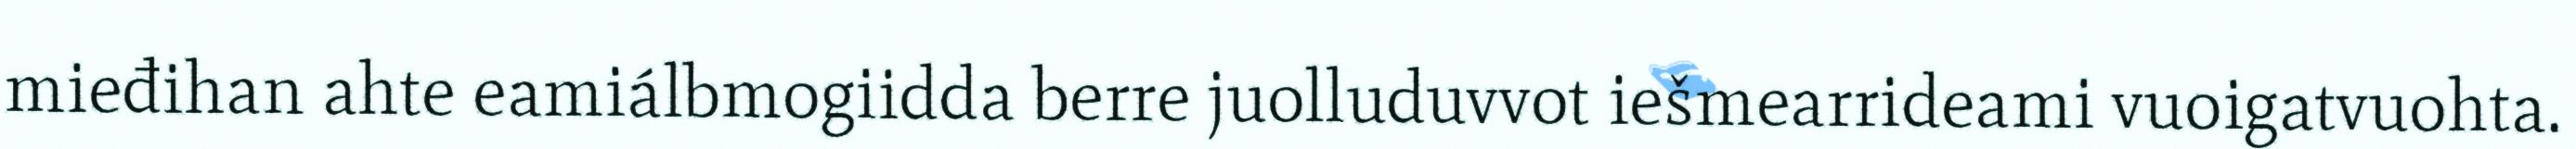
mieđihan ahte eamiálbmogiidda berre juolluduvvot iešmearrideami vuoigatvuohta.